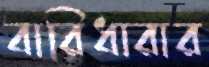
বারিধারার